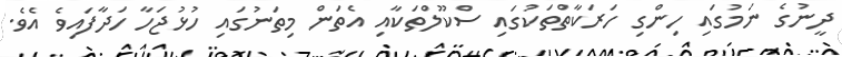
ދީނުގެ ނަމުގައި ހިންގި ހަރަކާތްތަކުގައި ސްކޫލްތަކާއި އެތަން މިތަނުގައި ހުޅުޖަހާ ހަދާފައިވެ އެވެ.